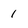
Character: 1